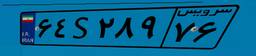
۶۴S۲۸۹۷۶